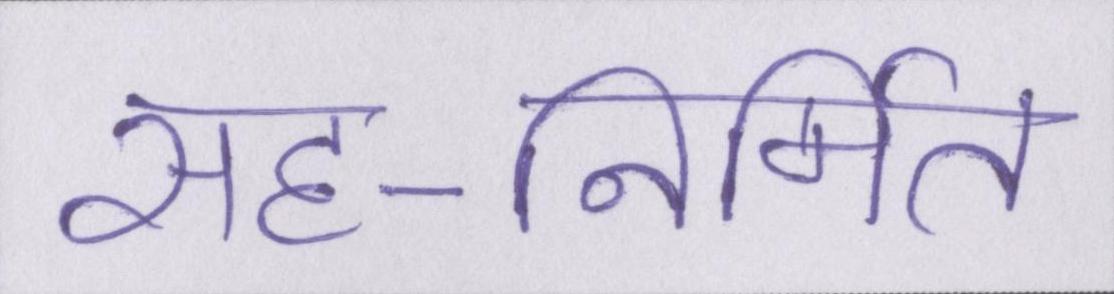
सह-निर्मित